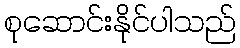
စုဆောင်းနိုင်ပါသည်